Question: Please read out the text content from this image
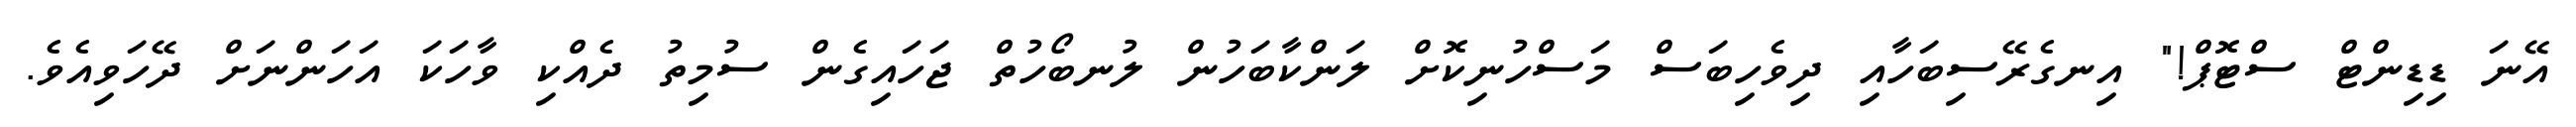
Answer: އޭނަ ޑިޑިންޓް ސްޓޮޕް!" އިނގެރޭސިބަހާއި ދިވެހިބަސް މަސްހުނިކޮށް ލަންކާބަހުން ލުނބޯހުތް ޖަހައިގެން ސުމިތު ދެއްކި ވާހަކަ އަހަންނަށް ދޭހަވިއެވެ.